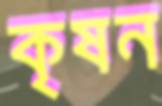
কৃষন